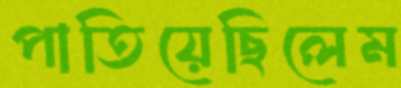
পাতিয়েছিলেম